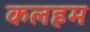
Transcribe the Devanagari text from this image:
कलहम